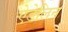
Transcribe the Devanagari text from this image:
ऐडेलिन